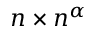
n \times n ^ { \alpha }